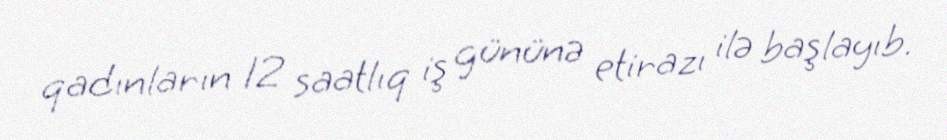
qadınların 12 saatlıq iş gününə etirazı ilə başlayıb.